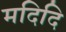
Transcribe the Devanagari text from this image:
मदिदि